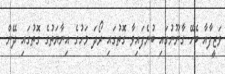
ވަޒީފާއާ ބެހޭ ގާނޫނުގައި ބުނެފައިވާ ގޮތުގައި ރޯދަ މަހުގެ އިނާޔަތުގެ ގޮތުގައި ދޭން